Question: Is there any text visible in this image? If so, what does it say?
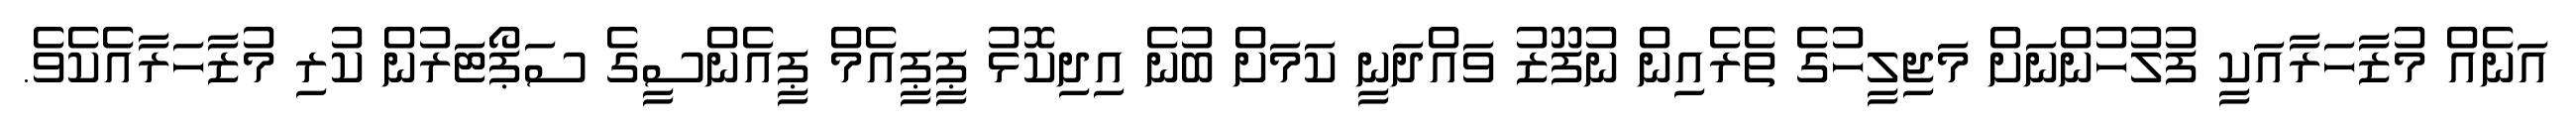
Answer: އަނެއް މުޒާހަރާއަކީ ފުލުހުންނަށް މަޖިލީހުގެ ތެރެއިން ނުފޫޒު ވައްދަނީ ކަމަށް ބުނެ އިދިކޮޅު ޕީޕީއެމް ޕީއެންސީގެ ސަޕޯޓަރުން ކުރި މުޒާހަރާއެކެވެ.